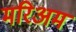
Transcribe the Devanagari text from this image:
मरिअम